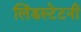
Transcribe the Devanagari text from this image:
लिंडस्टेटनी